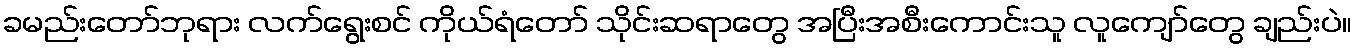
ခမည်းတော်ဘုရား လက်ရွေးစင် ကိုယ်ရံတော် သိုင်းဆရာတွေ အပြီးအစီးကောင်းသူ လူကျော်တွေ ချည်းပဲ။